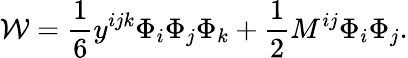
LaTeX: {\mathcal W}=\frac{1}{6}y^{ijk}\Phi_{i}\Phi_{j}\Phi_{k}+\frac{1}{2}M^{ij}\Phi_{i}\Phi_{j}.